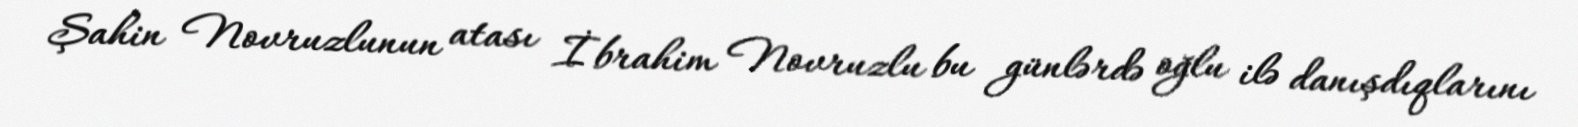
Şahin Novruzlunun atası İbrahim Novruzlu bu günlərdə oğlu ilə danışdıqlarını